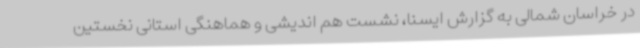
در خراسان شمالی به گزارش ایسنا، نشست هم اندیشی و هماهنگی استانی نخستین